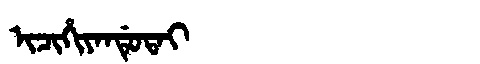
Manchu: ᡳᠴᡳᡥᡳᠶᠠᠨᡩᡠᡨᠠᡳ
Romanization: ICIHIYANDUTAI